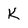
Character: k